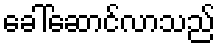
ခေါ်ဆောင်လာသည်